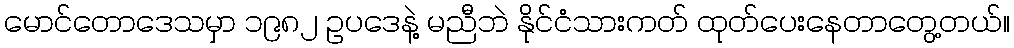
မောင်တောဒေသမှာ ၁၉၈၂ ဥပဒေနဲ့ မညီဘဲ နိုင်ငံသားကတ် ထုတ်ပေးနေတာတွေ့တယ်။